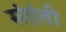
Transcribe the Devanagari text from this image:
संहंती